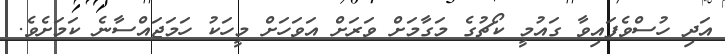
އަދި ހުސްވެފައިވާ ގައުމީ ކޯޗުގެ މަގާމަށް ވަރަށް އަވަހަށް މީހަކު ހަމަޖައްސާނެ ކަމަށެވެ.